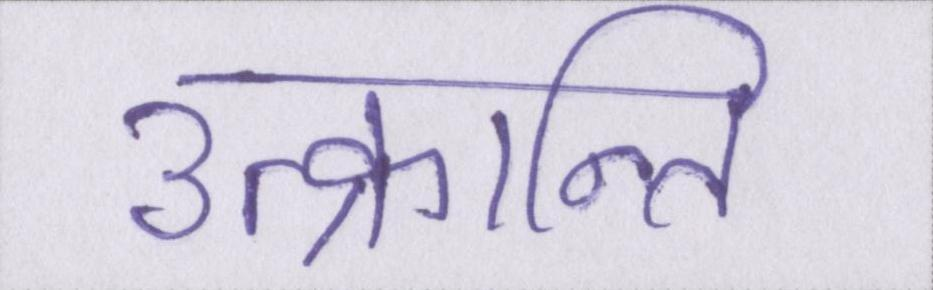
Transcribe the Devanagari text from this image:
उत्क्रान्ति